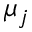
\mu _ { j }